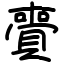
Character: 賷